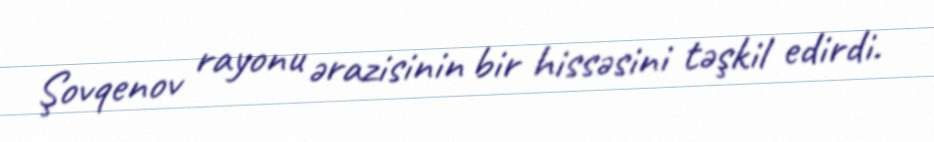
Şovqenov rayonu ərazisinin bir hissəsini təşkil edirdi.